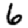
Digit: 6